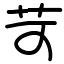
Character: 苛